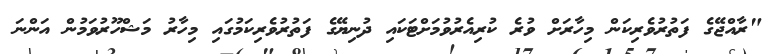
"ރާއްޖޭގެ ފަތުރުވެރިކަން މިހާރަށް ވުރެ ކުރިއެރުވުމަށްޓަކައި ދުނިޔޭގެ ފަތުރުވެރިކަމުގައި މިހާރު މަޝްހޫރުވަމުން އަންނަ